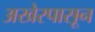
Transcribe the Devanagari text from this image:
अखेरपासून